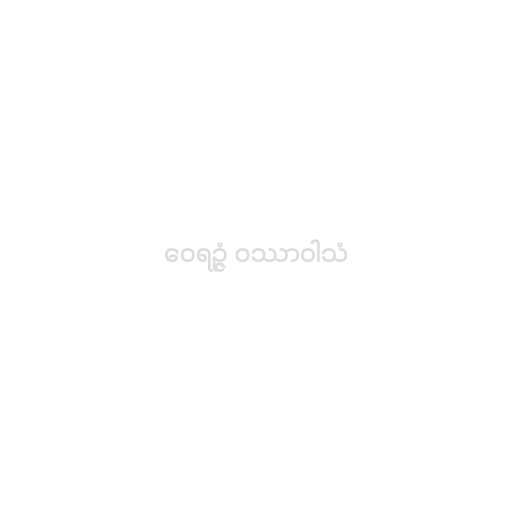
ဝေရဉ္ဇံ ဝဿာဝါသံ